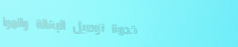
خدمة توصيل البقالة والموا